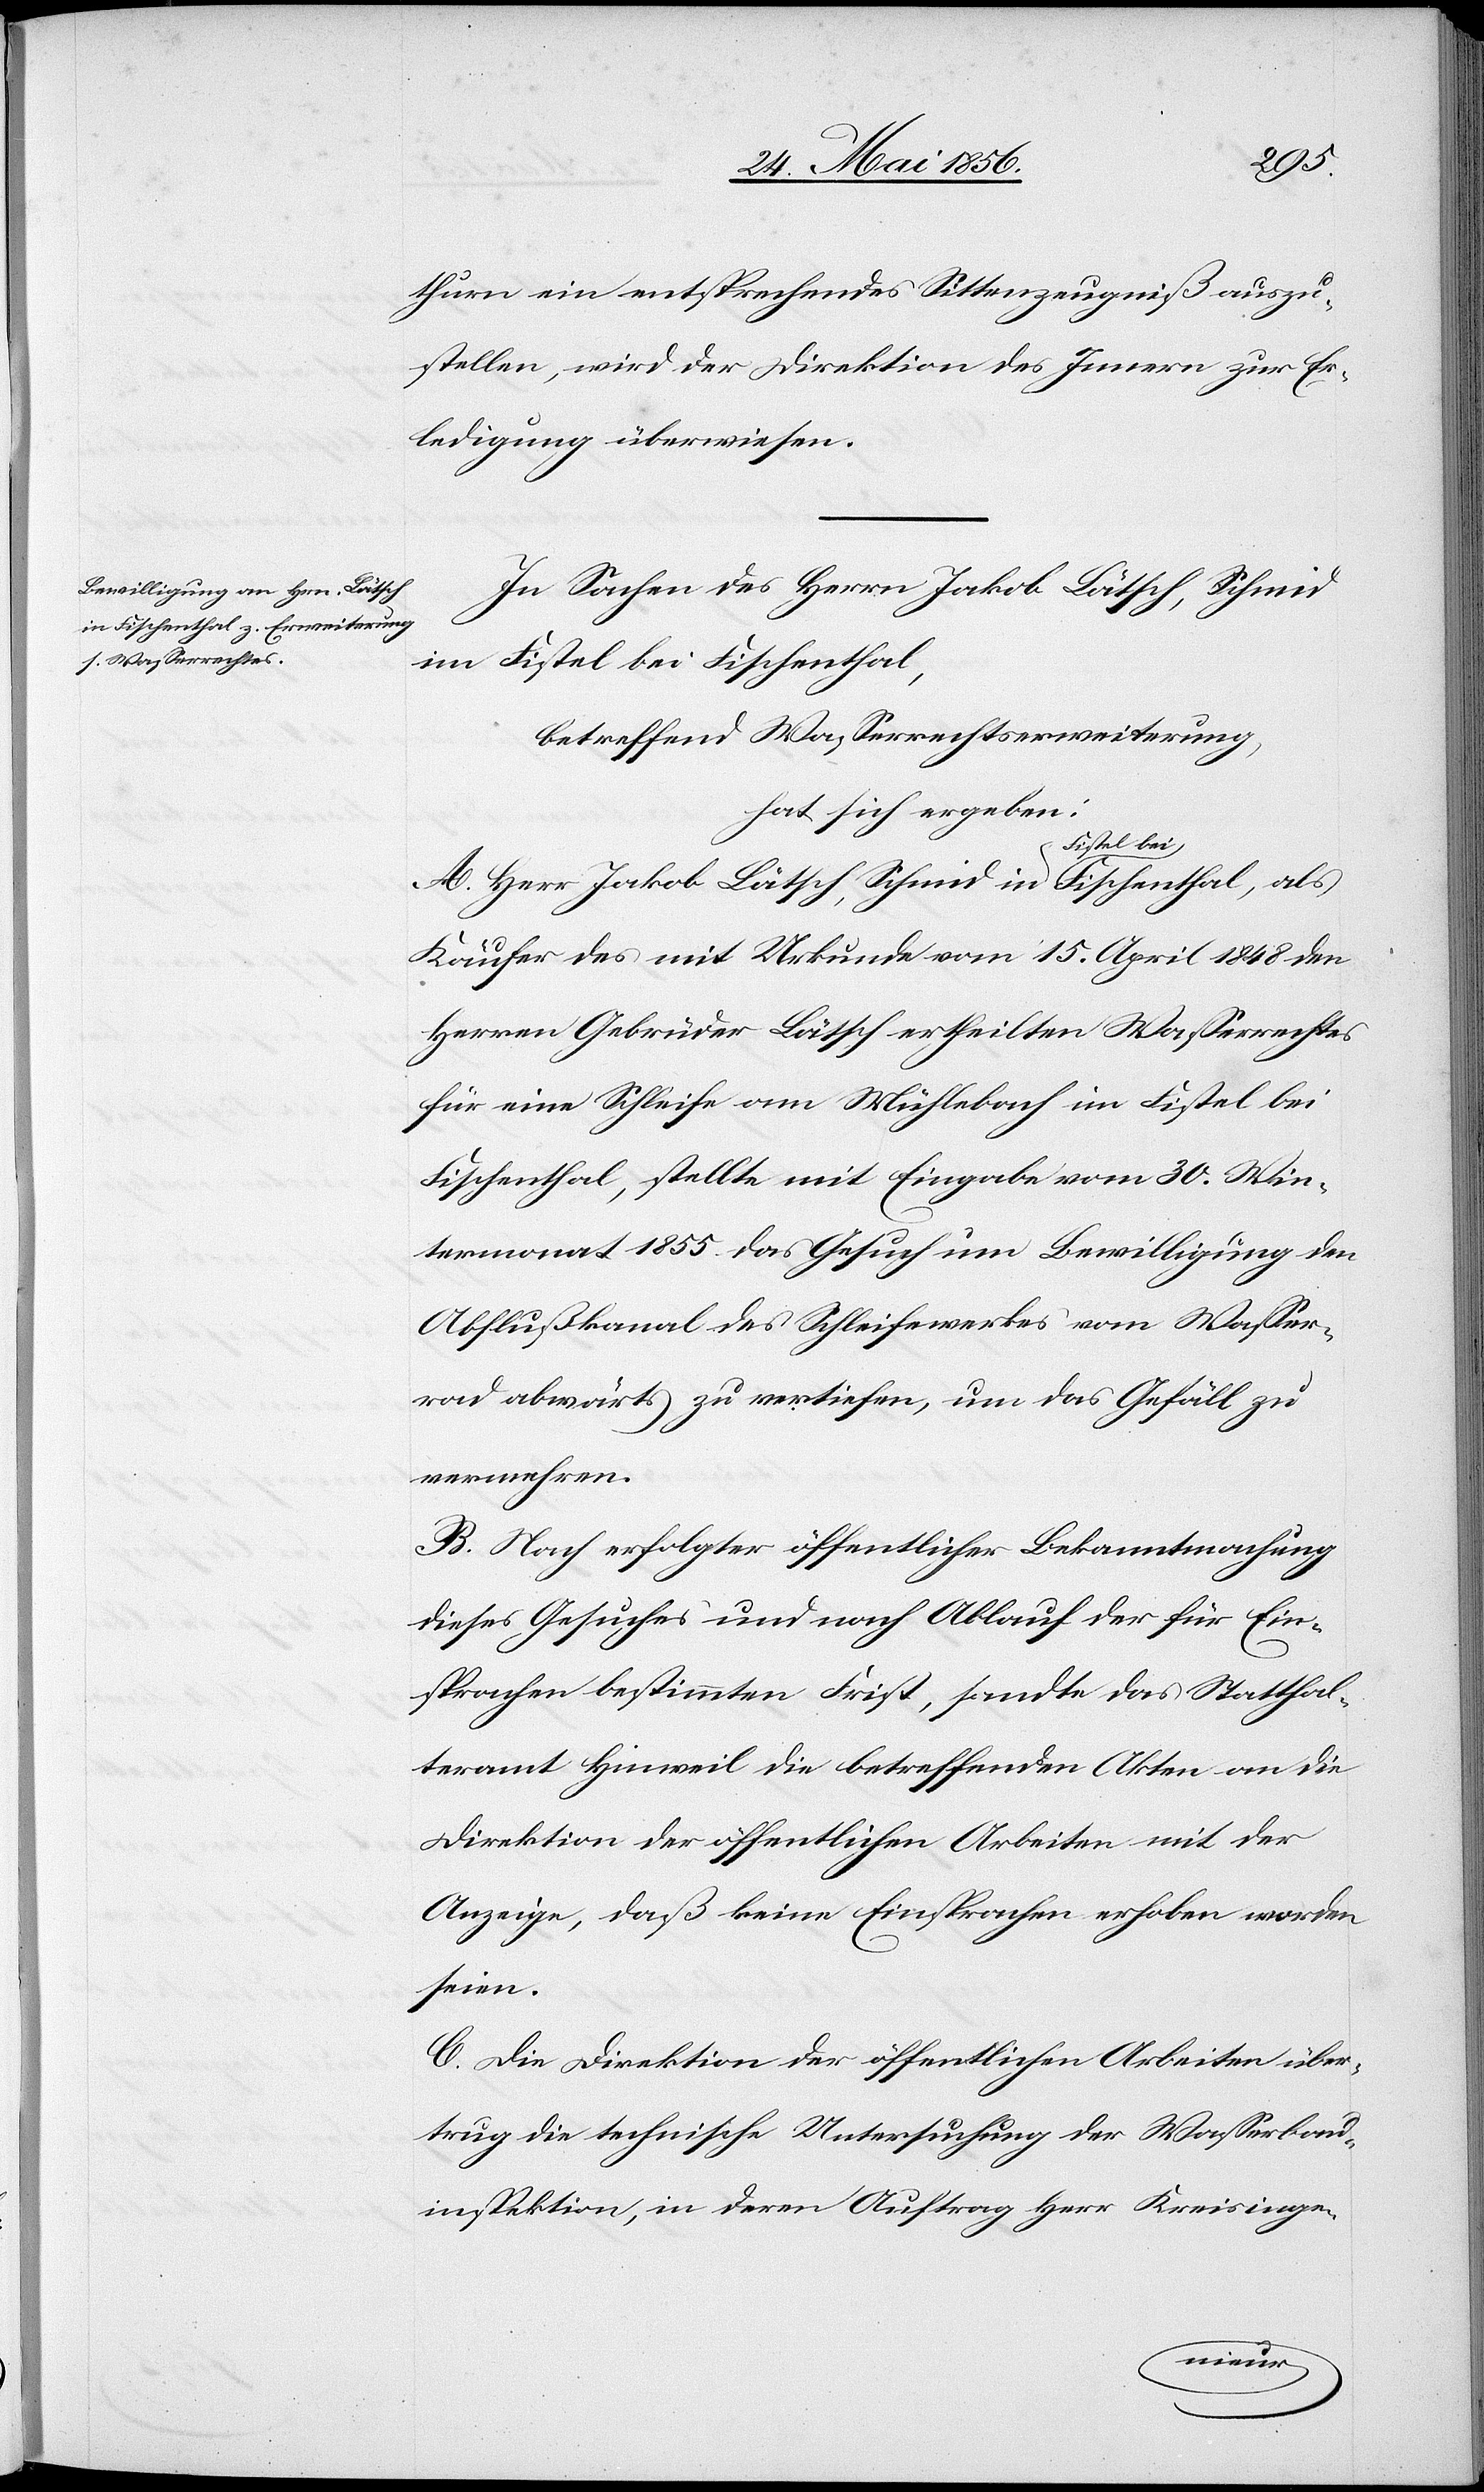
thurn ein entsprechendes Sittenzeugniß auszu¬
stellen, wird der Direktion des Innern zur Er¬
ledigung überwiesen.
In Sachen des Herrn Jakob Lätsch, Schmid
im Fistel bei Fischenthal,
betreffend Wasserrechtserweiterung,
hat sich ergeben:
A. Herr Jakob Lätsch, Schmid in aFistel beia
Käufer des mit Urkunde vom 15. April 1848 den
Herren Gebrüder Lätsch ertheilten Wasserrechtes
für eine Schleife am Mühlebach im Fistel bei
Fischenthal, stellte mit Eingabe vom 30. Win¬
termonat 1855 das Gesuch um Bewilligung den
Abflußkanal des Schleifewerkes vom Wasser¬
rad abwärts zu vertiefen, um das Gefäll zu
vermehren.
B. Nach erfolgter öffentlicher Bekanntmachung
dieses Gesuches und nach Ablauf der für Ein¬
sprachen bestimmten Frist, sandte das Statthal¬
teramt Hinweil die betreffenden Akten an die
Direktion der öffentlichen Arbeiten mit der
Anzeige, daß keine Einsprachen erhoben worden
seien.
C. Die Direktion der öffentlichen Arbeiten über¬
trug die technische Untersuchung der Wasserbau¬
inspektion, in deren Auftrag Herr Kreisinge-